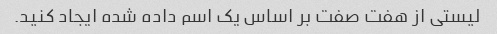
لیستی از هفت صفت بر اساس یک اسم داده شده ایجاد کنید.